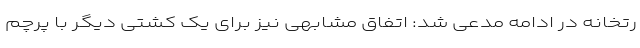
رتخانه در ادامه مدعی شد: اتفاق مشابهی نیز برای یک کشتی دیگر با پرچم